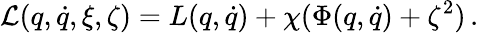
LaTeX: {\mathcal L}(q,\dot{q},\xi,\zeta)=L(q,\dot{q})+\chi(\Phi(q,\dot{q})+\zeta^{2})\, .